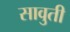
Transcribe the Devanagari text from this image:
सावुती